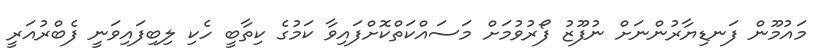
މައުމޫން ފަނޑިޔާރުންނަށް ނުފޫޒު ފޯރުވުމަށް މަސައްކަތްކޮށްފައިވާ ކަމުގެ ކިތާބީ ހެކި ލިބިފައިވަނީ ފެބްރުއަރީ